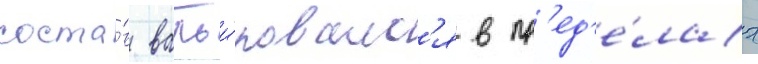
соста́в варьи́ровалс'я в пр'ед'е́лах